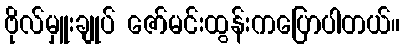
ဗိုလ်မှူးချုပ် ဇော်မင်းထွန်းကပြောပါတယ်။